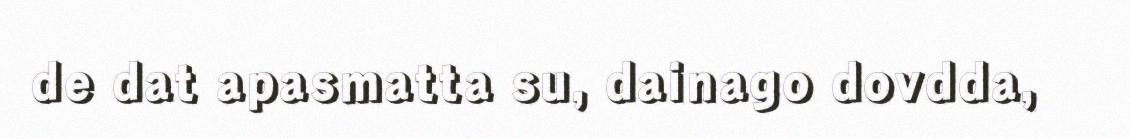
de dat apasmatta su, dainago dovdda,